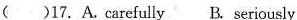
()17.A.carefully B.seriously